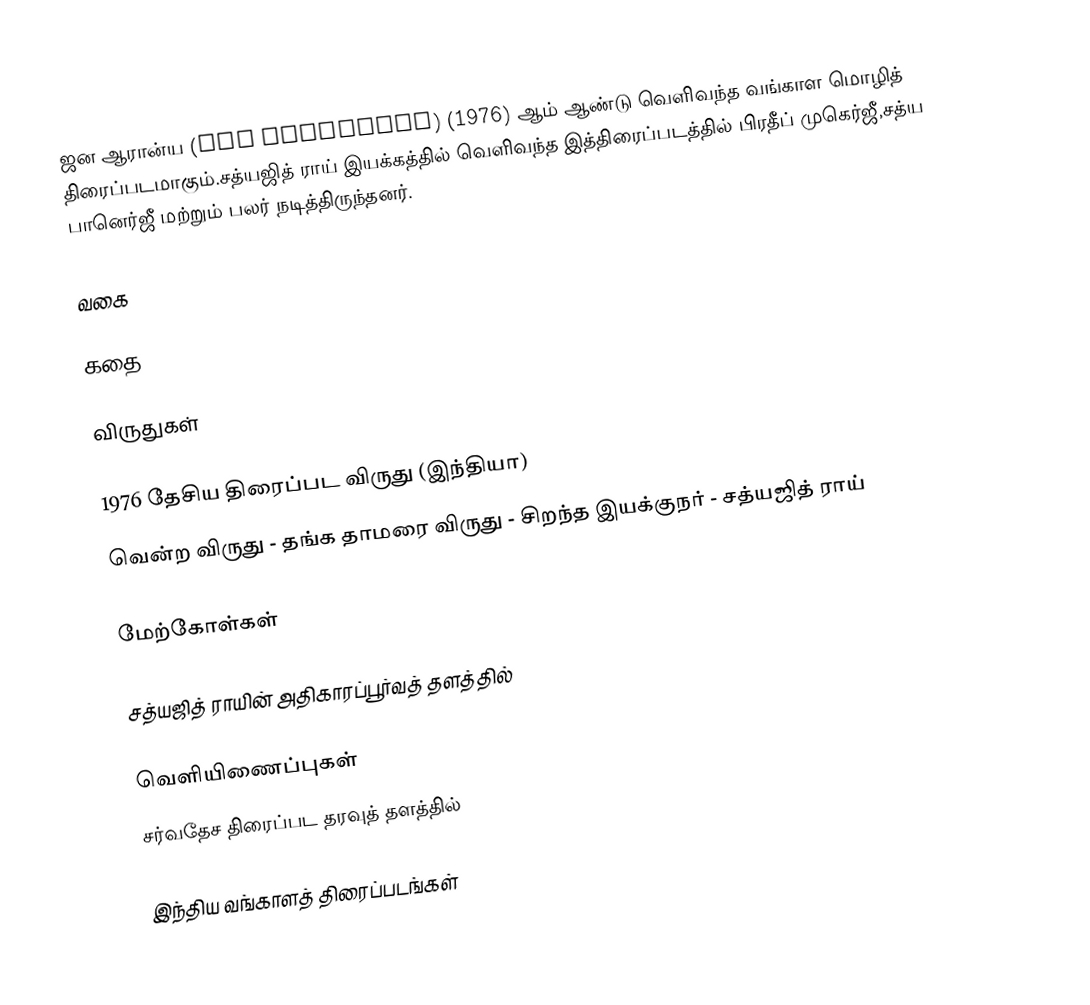
ஜன ஆரான்ய (The Middleman) (1976) ஆம் ஆண்டு வெளிவந்த வங்காள மொழித் திரைப்படமாகும்.சத்யஜித் ராய் இயக்கத்தில் வெளிவந்த இத்திரைப்படத்தில் பிரதீப் முகெர்ஜீ,சத்ய பானெர்ஜீ மற்றும் பலர் நடித்திருந்தனர்.

வகை

கதை

விருதுகள்

1976 தேசிய திரைப்பட விருது (இந்தியா)
 வென்ற விருது - தங்க தாமரை விருது - சிறந்த இயக்குநர் - சத்யஜித் ராய்

மேற்கோள்கள்

சத்யஜித் ராயின் அதிகாரப்பூர்வத் தளத்தில்

வெளியிணைப்புகள்
சர்வதேச திரைப்பட தரவுத் தளத்தில்

இந்திய வங்காளத் திரைப்படங்கள்